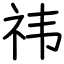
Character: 祎